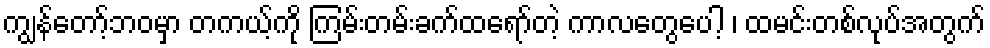
ကျွန်တော့်ဘဝမှာ တကယ့်ကို ကြမ်းတမ်းခက်ထရော်တဲ့ ကာလတွေပေါ့ ၊ ထမင်းတစ်လုပ်အတွက်